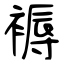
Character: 褥